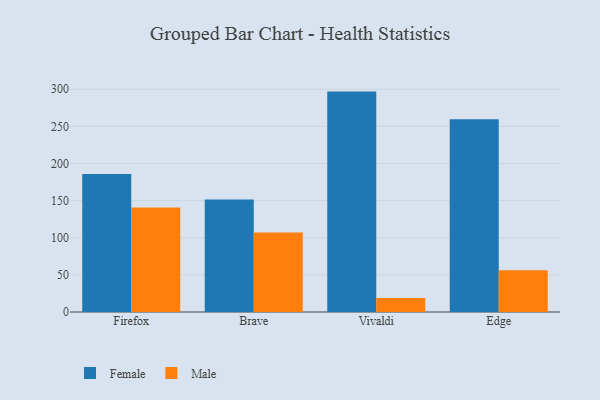
{"axis": {"x": "Browser", "y": "Humidity (%)"}, "legend": ["Female", "Male"], "data": [{"x": "Firefox", "y": 185.8, "type": "Female"}, {"x": "Firefox", "y": 140.6, "type": "Male"}, {"x": "Brave", "y": 151.4, "type": "Female"}, {"x": "Brave", "y": 107.1, "type": "Male"}, {"x": "Vivaldi", "y": 296.8, "type": "Female"}, {"x": "Vivaldi", "y": 18.8, "type": "Male"}, {"x": "Edge", "y": 259.5, "type": "Female"}, {"x": "Edge", "y": 56.1, "type": "Male"}]}